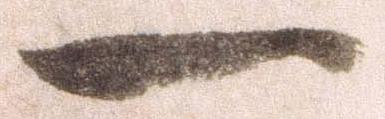
一